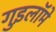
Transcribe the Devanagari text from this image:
गुइलॉमे